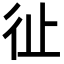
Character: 𢓊